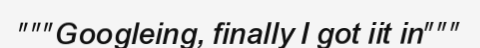
"""Googleing, finally I got iit in"""